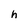
Character: h